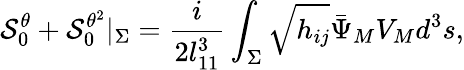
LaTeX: {\cal S}_{0}^{\theta}+{\cal S}_{0}^{\theta^{2}}|_{\Sigma}={\frac{i}{2l_{11}^{3}}}\int_{\Sigma}\sqrt{h_{ij}}{\bar{\Psi}}_{M}V_{M}d^{3}s,